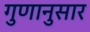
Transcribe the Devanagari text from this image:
गुणानुसार